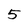
Character: 5